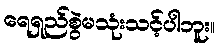
ရေရှည်စွဲမသုံးသင့်ပါဘူး။